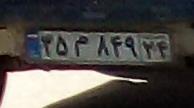
۳۵م۸۴۹۲۴